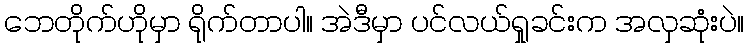
ဘေတိုက်ဟိုမှာ ရိုက်တာပါ။ အဲဒီမှာ ပင်လယ်ရှုခင်းက အလှဆုံးပဲ။